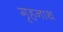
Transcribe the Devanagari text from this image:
गृहनाथ